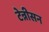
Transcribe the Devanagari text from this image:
टेन्नीसन